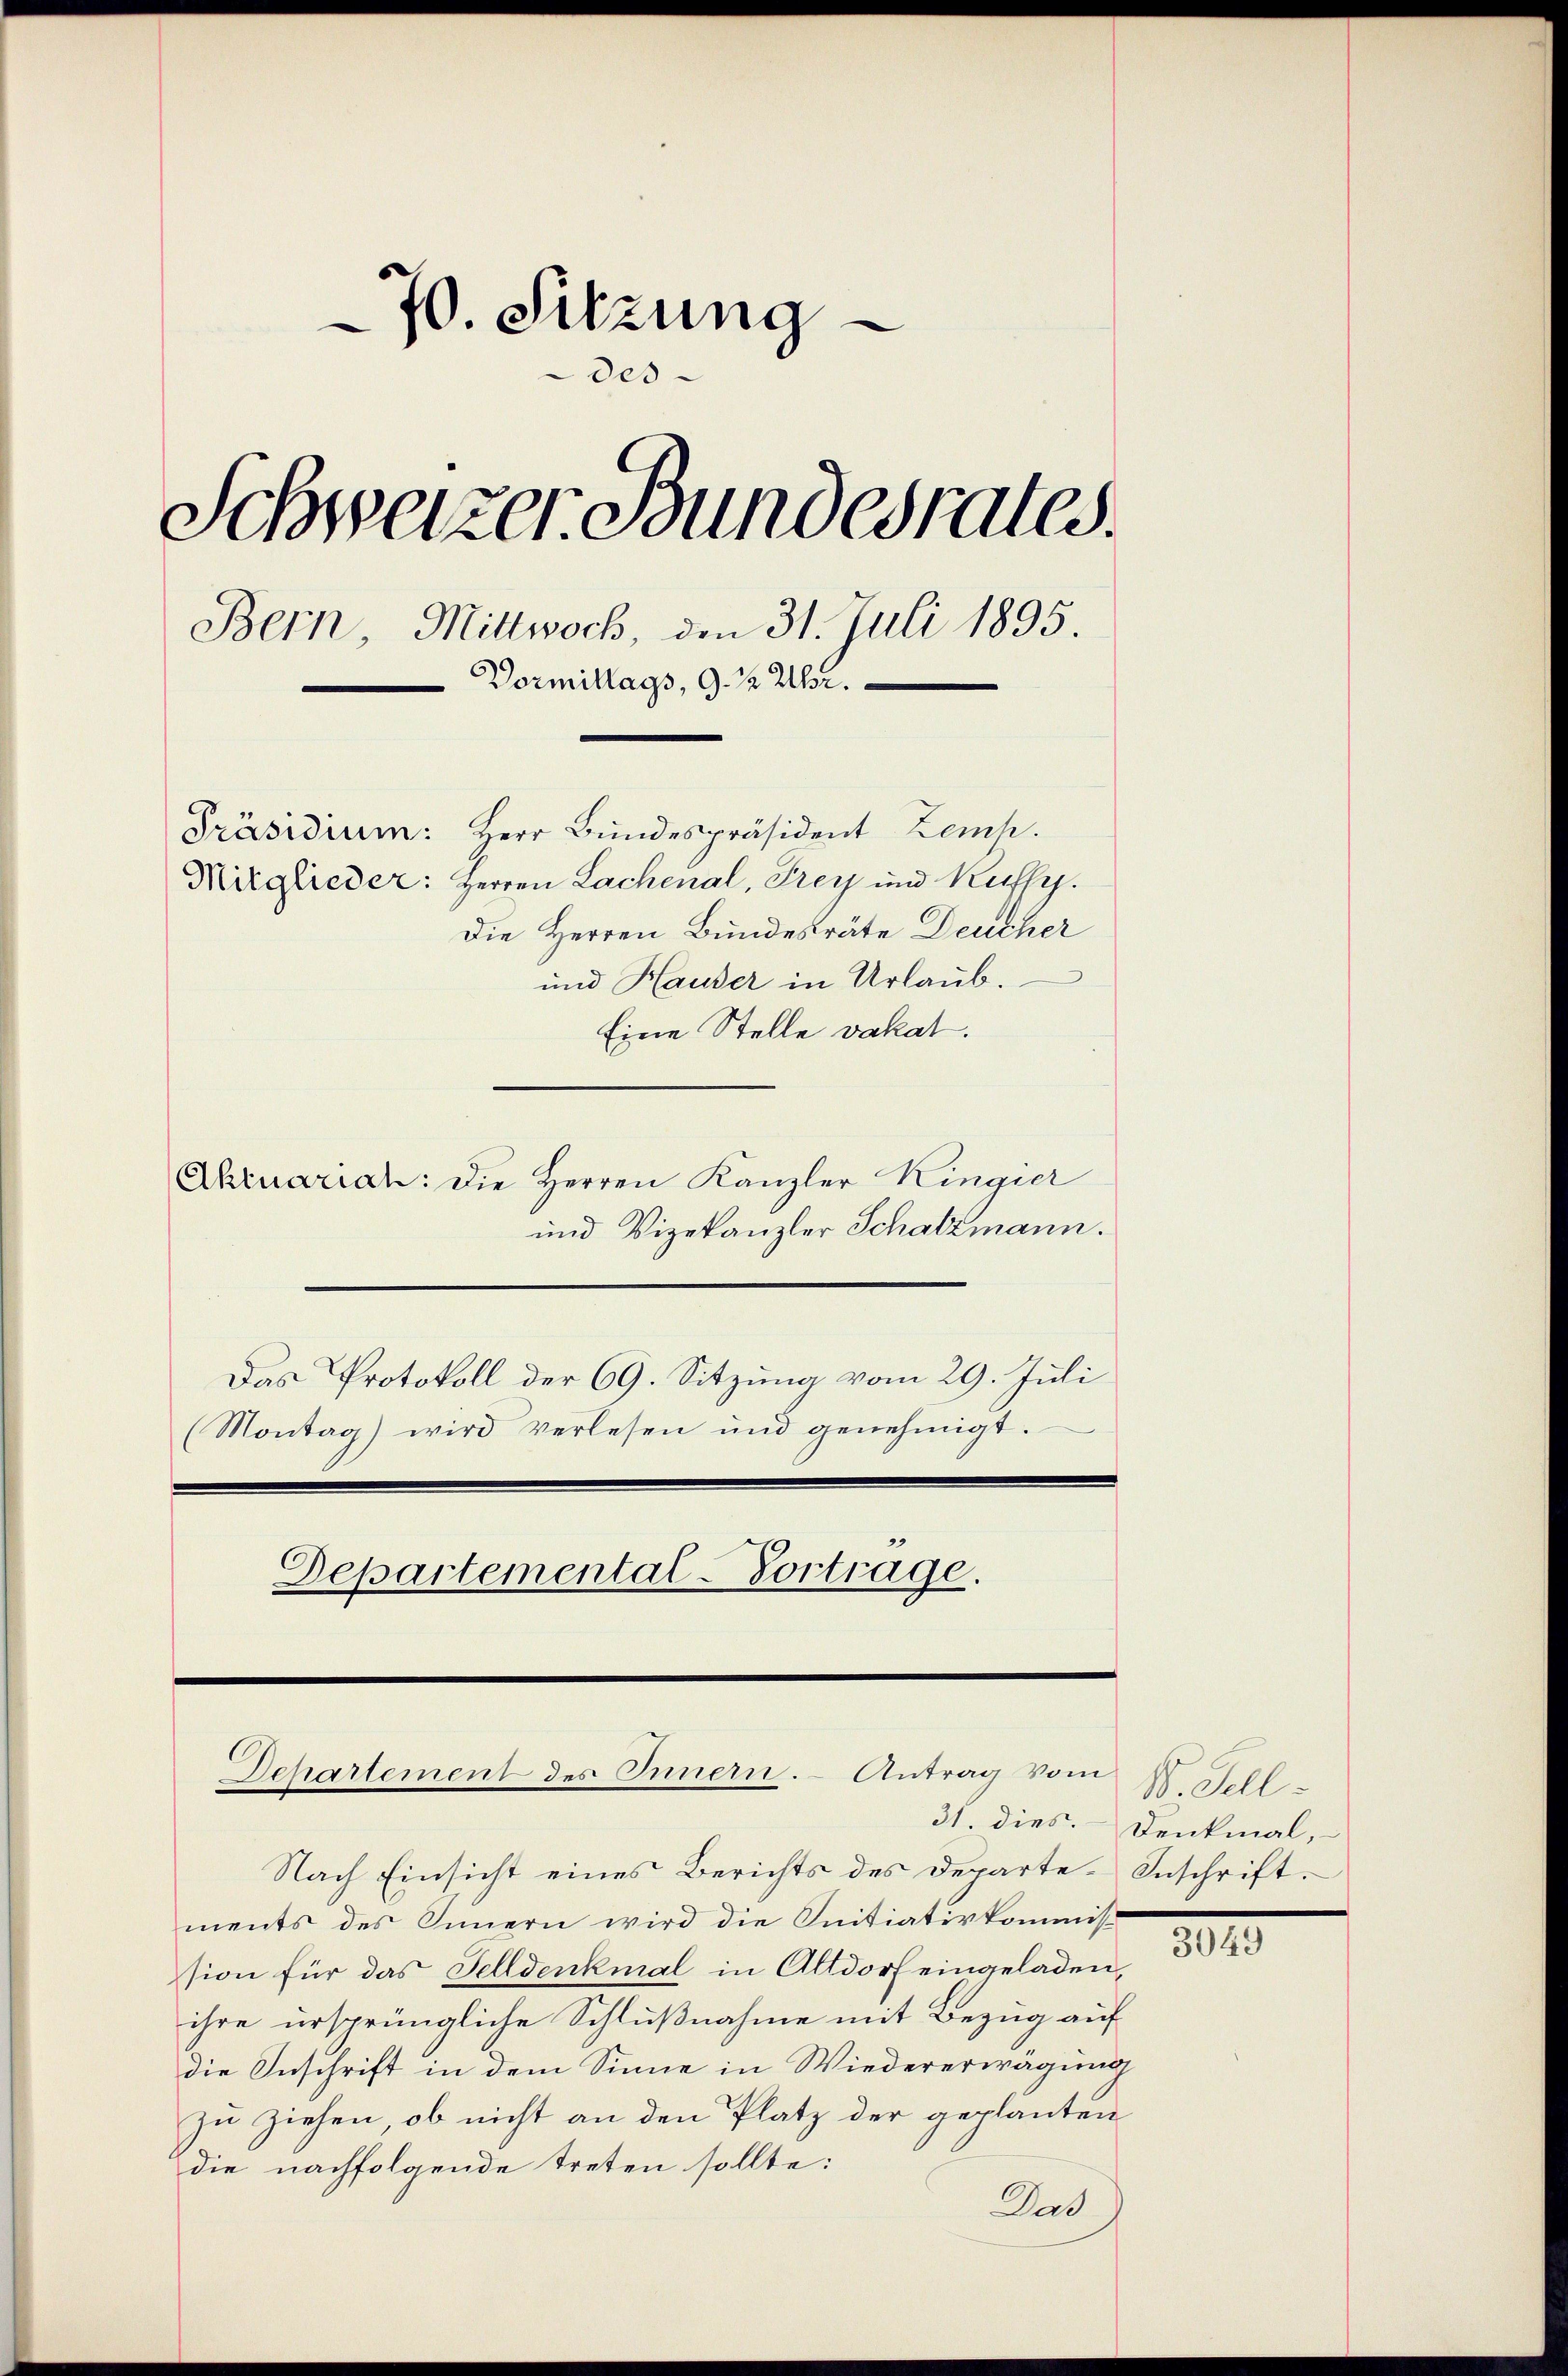
70. Sitzung
e
des
Schweizer Bundesrates.
Bern, Mittwoch, den 31. Juli 1895.
Vormittags, 9. ½ Uhr.
Präsidium: Herr Bundespräsident Zemp.
Mitglieder: Herren Lachenal, Frey und Kuffy.
Die Herren Bundesräte Deucher
und Hauser in Urlaub.

Eine Stelle vakat.
Akruarian: Die Herren Kanzler Ringier
und Vizekanzler Schatzmann.
Das Protokoll der 69. Sitzung vom 29. Juli
Montag) wird verlesen und genehmigt.
Departemental-Vortrage.

Dchartement des Innern. Antrag vom

Nach Einsicht eines Berichts des Departe-Inschrift.
ments des Innern wird die Initiativkommission für das Felldenkmal in Altdorf eingeladen,
ihre ursprüngliche Schlußnahme mit Bezug auf
die Inschrift in dem Sinne in Wiedererwägung
zu ziehen, ob nicht an den Platz der geplanten
die nachfolgende treten sollte:
Das h

1. Sell.
31. dies. Denkmal,

3049